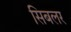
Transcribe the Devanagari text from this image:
सिबलर